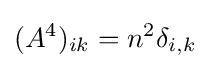
(A^{4})_{ik}=n^{2}\delta _{i,k}